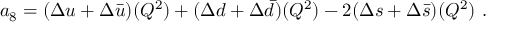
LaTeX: a _ { 8 } = ( \Delta u + \Delta \bar { u } ) ( Q ^ { 2 } ) + ( \Delta d + \Delta \bar { d } ) ( Q ^ { 2 } ) - 2 ( \Delta s + \Delta \bar { s } ) ( Q ^ { 2 } ) ~ .